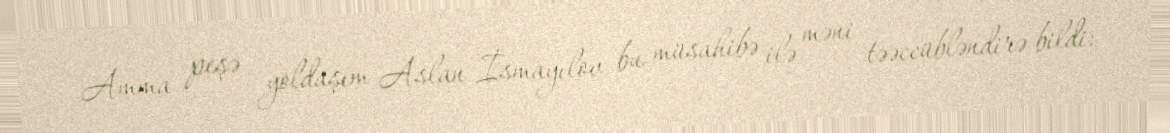
Amma peşə yoldaşım Aslan İsmayılov bu müsahibə ilə məni təəccübləndirə bildi: